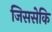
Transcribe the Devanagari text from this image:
जिससेकि